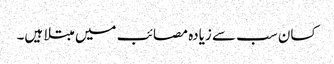
کسان سب سے زیادہ مصائب میں مبتلا ہیں۔